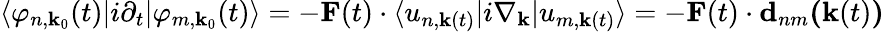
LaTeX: \langle\varphi_{n,\textbf{k}_{0}}(t)|i\partial_{t}\lvert\varphi_{m,\textbf{k}_{0}}(t)\rangle=-\textbf{F}(t)\cdot\langle u_{n,\textbf{k}(t)}|i\nabla_{\textbf{k}}|u_{m,\textbf{k}(t)}\rangle=-\textbf{F}(t)\cdot\textbf{d}_{nm}\textbf{(}\textbf{k}(t)\textbf{)}